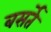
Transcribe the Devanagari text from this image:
बसर्ते